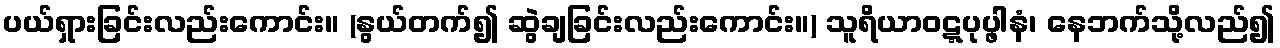
ပယ်ရှားခြင်းလည်းကောင်း။ (နွယ်တက်၍ ဆွဲချခြင်းလည်းကောင်း။) သူရိယာဝဋ္ဋပုပ္ဖါနံ၊ နေဘက်သို့လည်၍